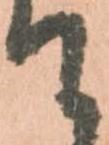
て